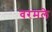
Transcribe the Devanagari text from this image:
वरमले